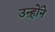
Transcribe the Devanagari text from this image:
उऩ्होंने